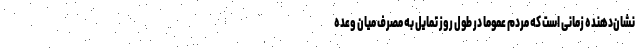
نشان‌دهنده زمانی است که مردم عموما در طول روز تمایل به مصرف میان وعده